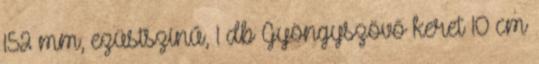
152 mm, ezüstszínű, 1 db Gyöngyszövő keret 10 cm